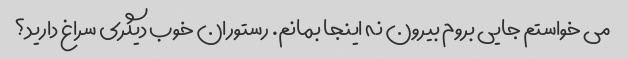
می خواستم جایی بروم بیرون نه اینجا بمانم. رستوران خوب دیگری سراغ دارید؟